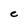
Character: C